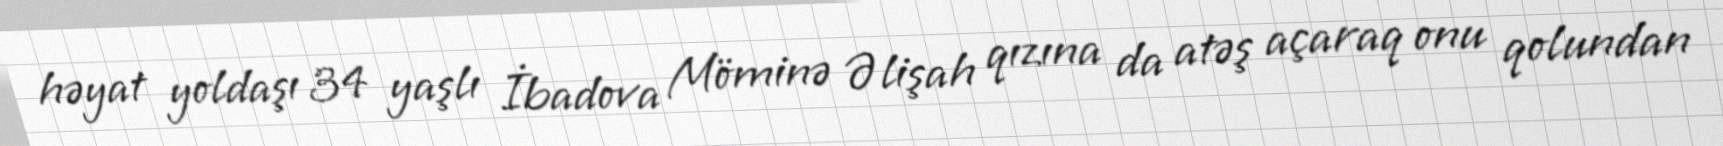
həyat yoldaşı 34 yaşlı İbadova Möminə Əlişah qızına da atəş açaraq onu qolundan